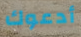
أدعوك